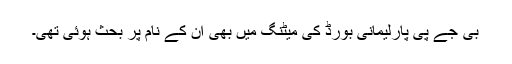
بی جے پی پارلیمانی بورڈ کی میٹنگ میں بھی ان کے نام پر بحث ہوئی تھی۔